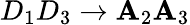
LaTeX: D_{1}D_{3}\rightarrow\mathbf{A}_{2}\mathbf{A}_{3}